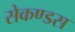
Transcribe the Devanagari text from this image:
सेकण्डस